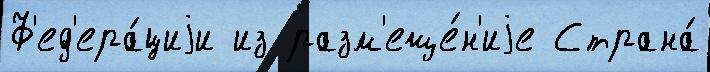
Ф'ед'ера́циjи из разм'еще́н'иjе Страна́